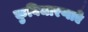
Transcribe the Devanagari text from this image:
कुविचारणाएँ